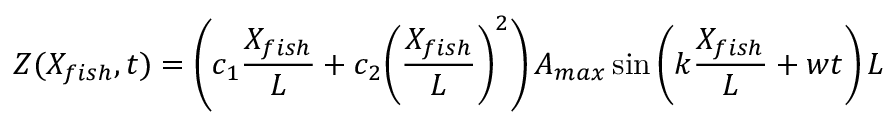
Z ( { X _ { f i s h } } , t ) = \left( { { c _ { 1 } } \frac { { { X _ { f i s h } } } } { L } + { c _ { 2 } } { { \left( { \frac { { { X _ { f i s h } } } } { L } } \right) } ^ { 2 } } } \right) A _ { m a x } \sin \left( { k \frac { { { X _ { f i s h } } } } { L } + w t } \right) L